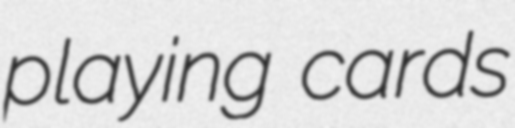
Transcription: playing cards